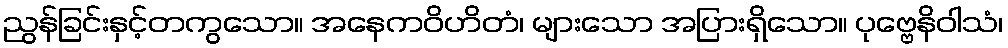
ညွန်ခြင်းနှင့်တကွသော။ အနေကဝိဟိတံ၊ များသော အပြားရှိသော။ ပုဗ္ဗေနိဝါသံ၊